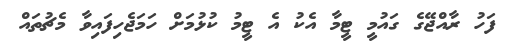
ފަހު ރާއްޖޭގެ ގައުމީ ޓީމާ އެކު އެ ޓީމު ކުޅުމަށް ހަމަޖެހިފައިވާ މެޗުތައް